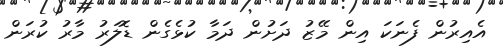
އެއިރުން ފެނަކަ އިން މޭޒު ދަށުން ދަމާ ކުޅެެގެން ޑޮލަރު މާރު ކުރަން